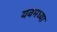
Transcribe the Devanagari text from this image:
यवमध्या